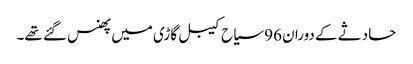
حادثے کے دوران 96 سیاح کیبل گاڑی میں پھنس گئے تھے۔